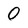
Character: 0